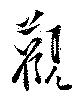
観